Annual report of the Punjab Veterinary College and of the Civil Veterinary Department, Punjab - 1926-1932
Year: 1926
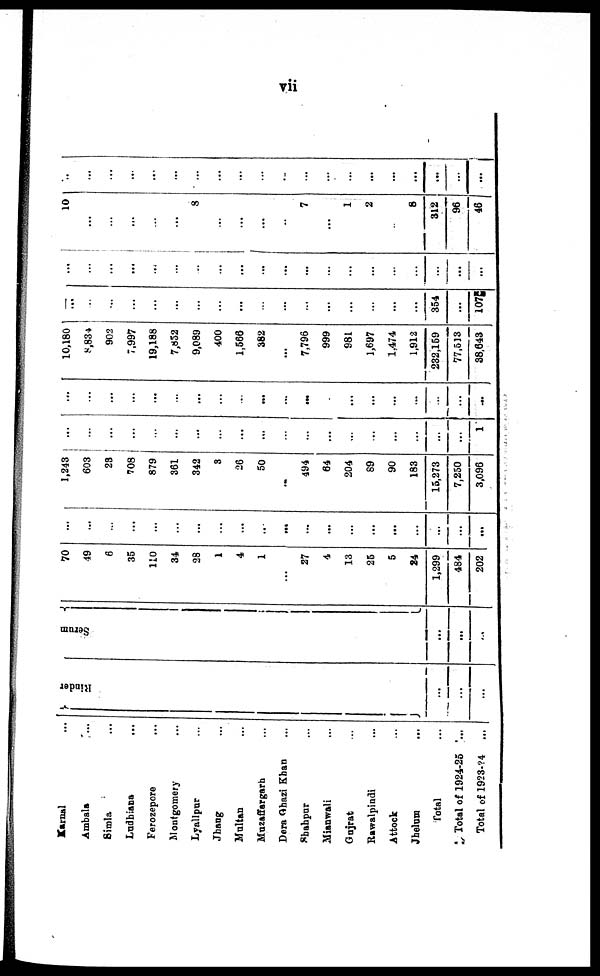
vii
Karnal ...
Ambala ...
Simla ...
Ludhiana ...
Ferozepore ...
Montgomery
Lyallpur ...
Jhang ...
Multan ...
Muzaffargarh ...
Dera Ghazi Khan ...
Shahpur ...
Mianwali ...
Gujrat ...
Rawalpindi ...
Attock ...
Jhelum ...
Total ...
Total of 1924-25 ...
Total of 1928.?4
...
Rinder
...
...
...
Serum
...
...
...
70
49
6
35
110
34
28
1
4
1
...
27
4
13
26
5
24
1,299
484
202
...
...
...
...
...
...
...
...
...
...
...
...
...
...
...
...
...
...
...
...
1,243
603
23
708
879
361
342
3
26
50
...
494
64
204
89
90
183
15,273
7,250
3,096
...
...
...
...
...
...
...
...
...
...
...
...
...
...
...
...
...
...
...
1
...
...
...
...
...
...
...
...
...
...
...
...
...
...
...
...
...
...
...
...
10,180
8,834
902
7,997
19,188
7,852
9,089
400
1,566
382
...
7,796
999
981
1,697
1,474
1,912
232,159
77.513
38,643
...
...
...
...
...
...
...
...
...
...
...
...
...
...
...
...
...
354
...
107
...
...
...
...
...
...
...
...
...
...
...
...
...
...
...
...
...
...
...
...
10...
...
...
...
...
...
8
...
...
...
...
7
...
1
2
...
8
312
96
46
...
...
...
...
...
...
...
...
...
...
...
...
...
...
...
...
...
...
...
...